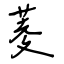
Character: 菱